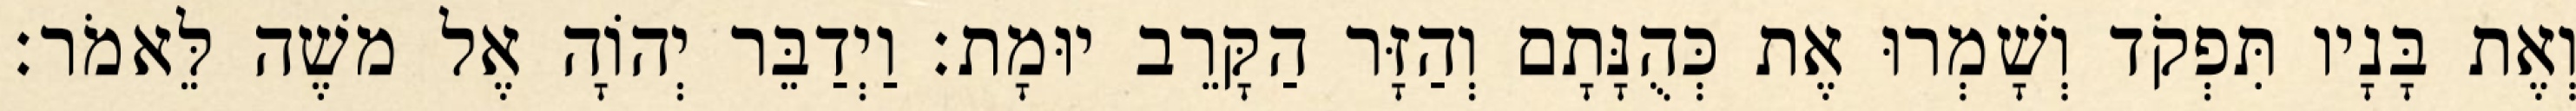
וְאֶת בָּנָיו תִּפְקֹד וְשָׁמְרוּ אֶת כְּהֻנָּתָם וְהַזָּר הַקָּרֵב יוּמָת׃ וַיְדַבֵּר יְהוָֹה אֶל משֶׁה לֵּאמֹר׃